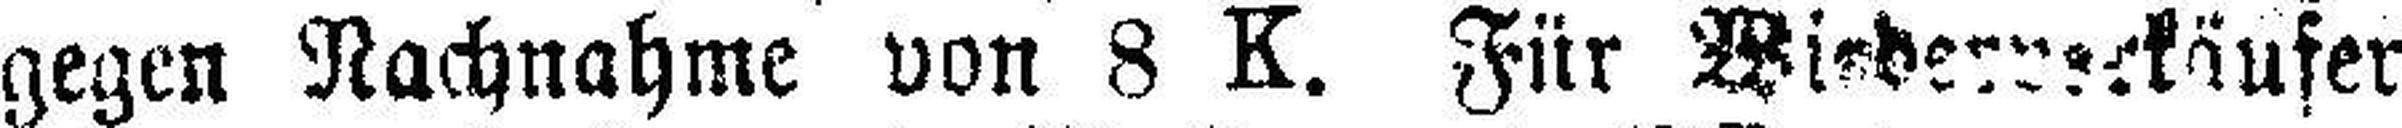
gegen Nachnahme von 8 K. Für Wiede###ckäufer